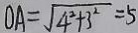
O A = \sqrt { 4 ^ { 2 } + 3 ^ { 2 } } = 5